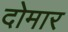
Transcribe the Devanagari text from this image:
दोमार